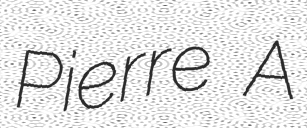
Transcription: Pierre A